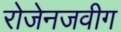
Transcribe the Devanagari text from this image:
रोजेनजवीग